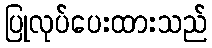
ပြုလုပ်ပေးထားသည်